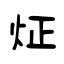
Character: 炡